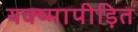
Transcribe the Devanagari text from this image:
यक्ष्मापीड़ित